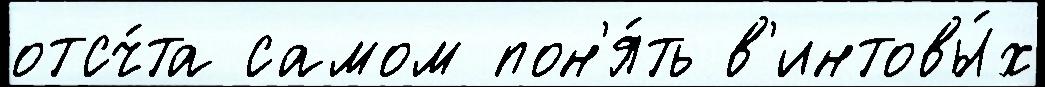
отсч́та самом пон'я́ть в'интовы́х